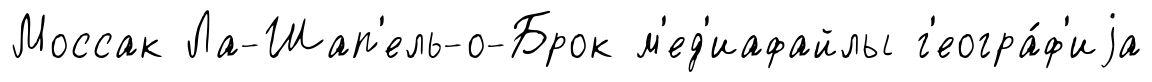
Моссак Ла-Шап'ель-о-Брок м'ед'иафайлы г'еогра́ф'иjа